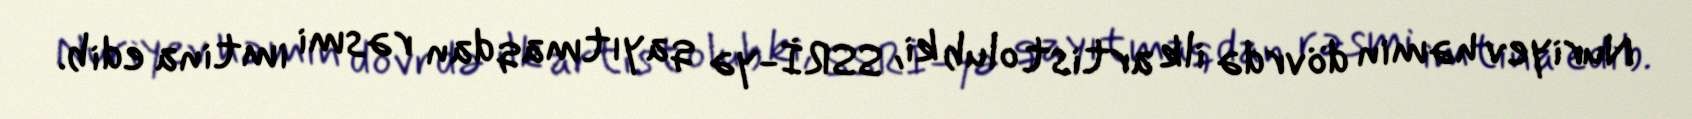
Nuriyev həmin dövrdə ilk artist olub ki, SSRİ-yə qayıtmaqdan rəsmi imtina edib.